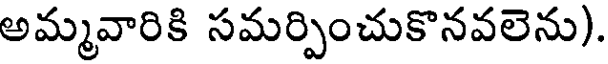
అమ్మవారికి సమర్పించుకొనవలెను).